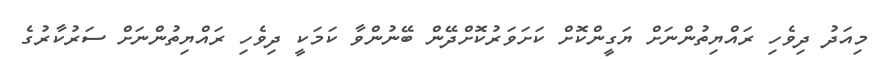
މިއަދު ދިވެހި ރައްޔިތުންނަށް ޔަގީންކޮށް ކަށަވަރުކޮށްދޭން ބޭނުންވާ ކަމަކީ ދިވެހި ރައްޔިތުންނަށް ސަރުކާރުގެ